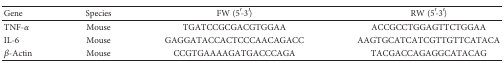
<table><thead><tr><td><b>Gene</b></td><td><b>Species</b></td><td><b>FW (5′-3′)</b></td><td><b>RW (5′-3′)</b></td></tr></thead><tbody><tr><td>TNF-<i>α</i></td><td>Mouse</td><td>TGATCCGCGACGTGGAA</td><td>ACCGCCTGGAGTTCTGGAA</td></tr><tr><td>IL-6</td><td>Mouse</td><td>GAGGATACCACTCCCAACAGACC</td><td>AAGTGCATCATCGTTGTTCATACA</td></tr><tr><td><i>β</i>-Actin</td><td>Mouse</td><td>CCGTGAAAAGATGACCCAGA</td><td>TACGACCAGAGGCATACAG</td></tr></tbody></table>